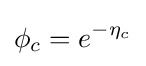
\phi _{c}=e^{-\eta _{c}}